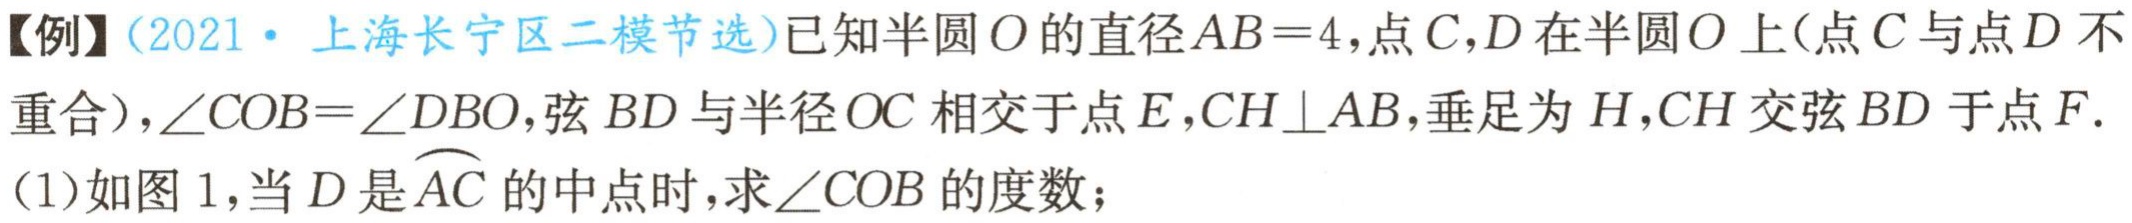
【例】（2021·上海长宁区二模节选）已知半圆\(O\)的直径\(AB = 4\)，点\(C,D\)在半圆\(O\)上（点\(C\)与点\(D\)不重合），\(\angle COB=\angle DBO\)，弦\(BD\)与半径\(OC\)相交于点\(E\)，\(CH\perp AB\)，垂足为\(H\)，\(CH\)交弦\(BD\)于点\(F\).
（1）如图1，当\(D\)是\(\overset{\frown}{AC}\)的中点时，求\(\angle COB\)的度数；